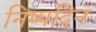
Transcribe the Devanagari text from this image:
निष्पदिन